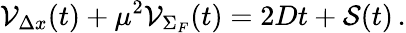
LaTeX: {\cal V}_{\Delta x}(t)+\mu^{2}{\cal V}_{\Sigma_{F}}(t)=2Dt+{\cal S}(t)\, .